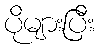
ပိုများပြီး